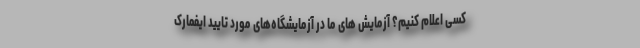
کسی اعلام کنیم؟ آزمایش های ما در آزمایشگاه‌های مورد تایید ایفمارک